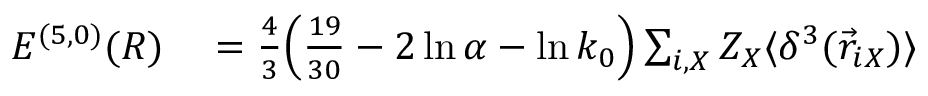
\begin{array} { r l } { { \cal { E } } ^ { ( 5 , 0 ) } ( R ) } & { { } = \frac { 4 } { 3 } \Big ( \frac { 1 9 } { 3 0 } - 2 \ln \alpha - \ln k _ { 0 } \Big ) \sum _ { i , X } Z _ { X } \langle \delta ^ { 3 } ( \vec { r } _ { i X } ) \rangle } \end{array}